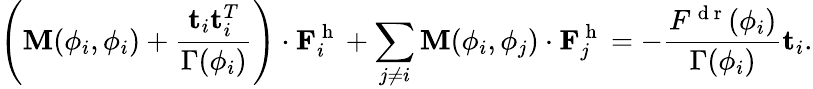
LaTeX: \left(\mathbf{M}(\phi_{i},\phi_{i})+\frac{\mathbf{t}_{i}\mathbf{t}_{i}^{T}}{\Gamma(\phi_{i})}\right)\cdot\mathbf{F}_{i}^{\mathrm{~h~}}+\sum_{j\ne i}\mathbf{M}(\phi_{i},\phi_{j})\cdot\mathbf{F}_{j}^{\mathrm{~h~}}=-\frac{F^{\mathrm{~d~r~}}(\phi_{i})}{\Gamma(\phi_{i})}\mathbf{t}_{i}.